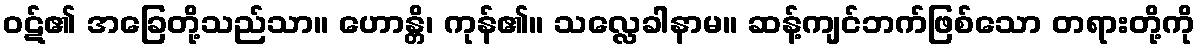
ဝဋ်၏ အခြေတို့သည်သာ။ ဟောန္တိ၊ ကုန်၏။ သလ္လေခါနာမ။ ဆန့်ကျင်ဘက်ဖြစ်သော တရားတို့ကို